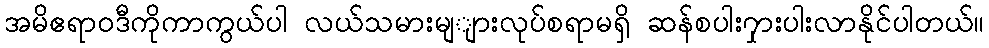
အမိဧရာဝဒီကိုကာကွယ်ပါ လယ်သမားမျျားလုပ်စရာမရှိ ဆန်စပါး၇ှားပါးလာနိုင်ပါတယ်။